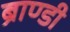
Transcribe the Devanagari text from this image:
ब्राण्डी